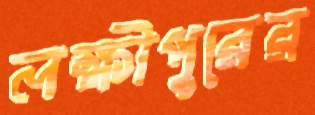
লক্ষীপুরের